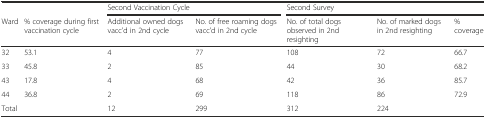
|  |  | <COLSPAN=2> Second Vaccination Cycle | <COLSPAN=3> Second Survey |
 | Ward | % coverage during first vaccination cycle | Additional owned dogs vacc'd in 2nd cycle | No. of free roaming dogs vacc'd in 2nd cycle | No. of total dogs observed in 2nd resighting | No. of marked dogs in 2nd resighting | % coverage |
 | --- | --- | --- | --- | --- | --- | --- |
 | 32 | 53.1 | 4 | 77 | 108 | 72 | 66.7 |
 | 33 | 45.8 | 2 | 85 | 44 | 30 | 68.2 |
 | 43 | 17.8 | 4 | 68 | 42 | 36 | 85.7 |
 | 44 | 36.8 | 2 | 69 | 118 | 86 | 72.9 |
 | Total |  | 12 | 299 | 312 | 224 |  |